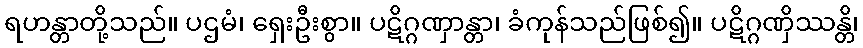
ရဟန္တာတို့သည်။ ပဌမံ၊ ရှေးဦးစွာ။ ပဋိဂ္ဂဏှာန္တာ၊ ခံကုန်သည်ဖြစ်၍။ ပဋိဂ္ဂဏှိဿန္တိ၊